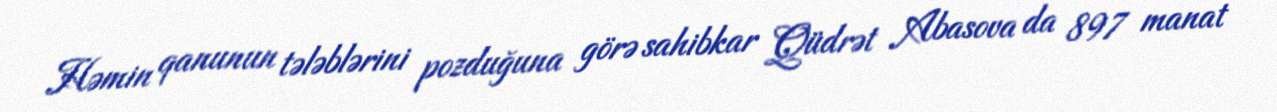
Həmin qanunun tələblərini pozduğuna görə sahibkar Qüdrət Abasova da 897 manat